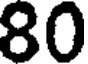
80